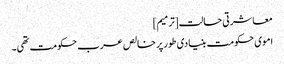
معاشرتی حالت[ترمیم]
اموی حکومت بنیادی طور پر خالص عرب حکومت تھی۔